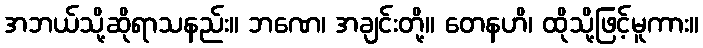
အဘယ်သို့ဆိုရာသနည်း။ ဘဏေ၊ အချင်းတို့။ တေနဟိ၊ ထိုသို့ဖြင့်မူကား။